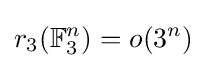
r_{3}(\mathbb {F} _{3}^{n})=o(3^{n})